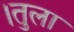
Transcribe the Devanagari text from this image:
।तुला